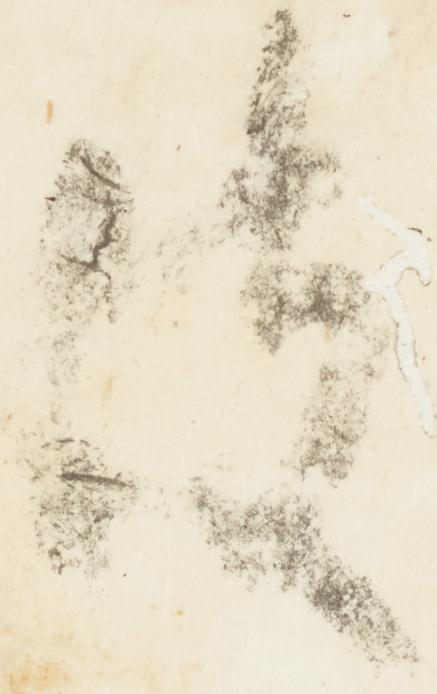
彼